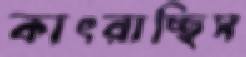
কাৎরাচ্ছিস